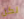
لكن